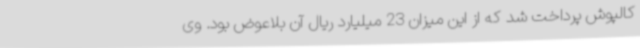
کالپوش پرداخت شد که از این میزان 23 میلیارد ریال آن بلاعوض بود. وی